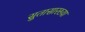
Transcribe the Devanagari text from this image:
सुतासारख्या